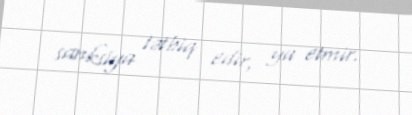
sanksiya tətbiq edir, ya etmir.